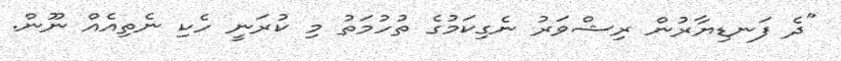
"ދެ ފަނޑިޔާރުން ރިޝްވަރު ނެގިކަމުގެ ތުހުމަތު މި ކުރަނީ ހެކި ނެތިއެއް ނޫން.